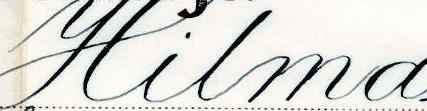
Hilma